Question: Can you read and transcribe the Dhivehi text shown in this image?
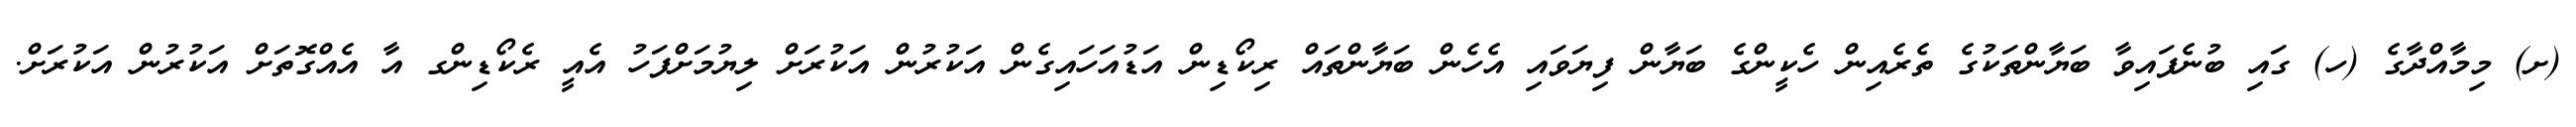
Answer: (ށ) މިމާއްދާގެ (ހ) ގައި ބުނެފައިވާ ބަޔާންތަކުގެ ތެރެއިން ހެކީންގެ ބަޔާން ފިޔަވައި އެހެން ބަޔާންތައް ރިކޯޑިން އަޑުއަހައިގެން އަކުރުން އަކުރަށް ލިޔުމަށްފަހު އެއީ ރެކޯޑިންގ އާ އެއްގޮތަށް އަކުރުން އަކުރަށް.